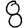
Digit: 8